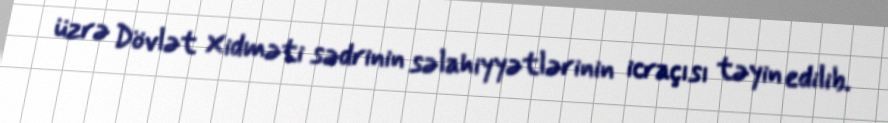
üzrə Dövlət Xidməti sədrinin səlahiyyətlərinin icraçısı təyin edilib.